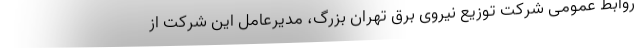
روابط عمومی شرکت توزیع نیروی برق تهران بزرگ، مدیرعامل این شرکت از